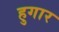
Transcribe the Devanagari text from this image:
हुगार